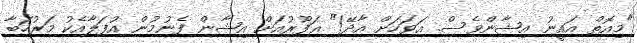
"މިއޮތް އައީނު އިޝާންވެސް. އަވަހަށް އާދޭ!" ޣަފޫރުއަށް އިޝާން ފެނުމުން އުފަލާއެކު މަރުހަބާ